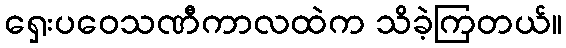
ရှေးပဝေသဏီကာလထဲက သိခဲ့ကြတယ်။